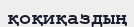
қоқиқаздың